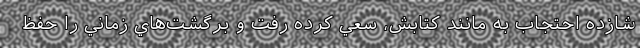
شازده احتجاب به مانند کتابش، سعي کرده رفت و برگشت‌هاي زماني را حفظ